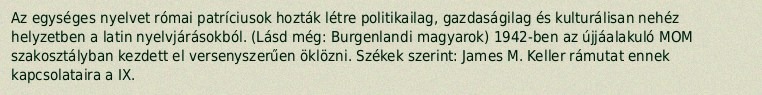
Az egységes nyelvet római patríciusok hozták létre politikailag, gazdaságilag és kulturálisan nehéz helyzetben a latin nyelvjárásokból. (Lásd még: Burgenlandi magyarok) 1942-ben az újjáalakuló MOM szakosztályban kezdett el versenyszerűen öklözni. Székek szerint: James M. Keller rámutat ennek kapcsolataira a IX.